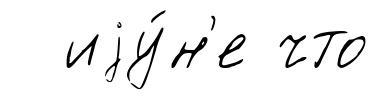
иjу́н'е что